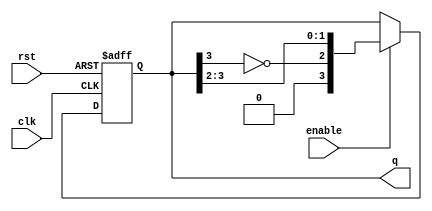
module johnson_counter #(
    parameter N = 4  // Number of flip-flops
)(
    input wire clk,      // Clock input
    input wire rst,      // Asynchronous reset
    input wire enable,   // Counter enable
    output reg [N-1:0] q // Output of the counter
);

// Always block triggered on clock or reset
always @(posedge clk or posedge rst) begin
    if (rst) begin
        q <= 0; // Reset all flip-flops to 0
    end
    else if (enable) begin
        q <= {~q[N-1], q[N-1:N-2]}; // Shift and feedback inverted last bit
    end
end

endmodule